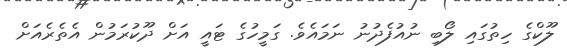
ލޫކްގެ ހިތުގައި ލޯބި ނުއުފެދުނު ނަމައެވެ. ގަމީހުގެ ޓައީ އަށް ދޫކުރަމުން އެތެރެއަށް